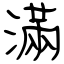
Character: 滿